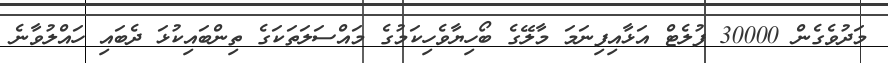
މަދުވެގެން 30000 ފުލެޓް އަޅާއިފިިނަމަ މާލޭގެ ބޯހިޔާވެހިކަމުގެ މައްސަލަތަކަގެ ތިންބައިކުޅަ ދެބައި ހައްލުވާނެ